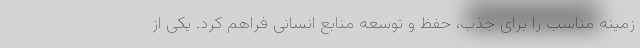
زمینه مناسب را برای جذب، حفظ و توسعه منابع انسانی فراهم کرد. یکی از